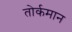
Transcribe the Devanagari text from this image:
तोर्कमान